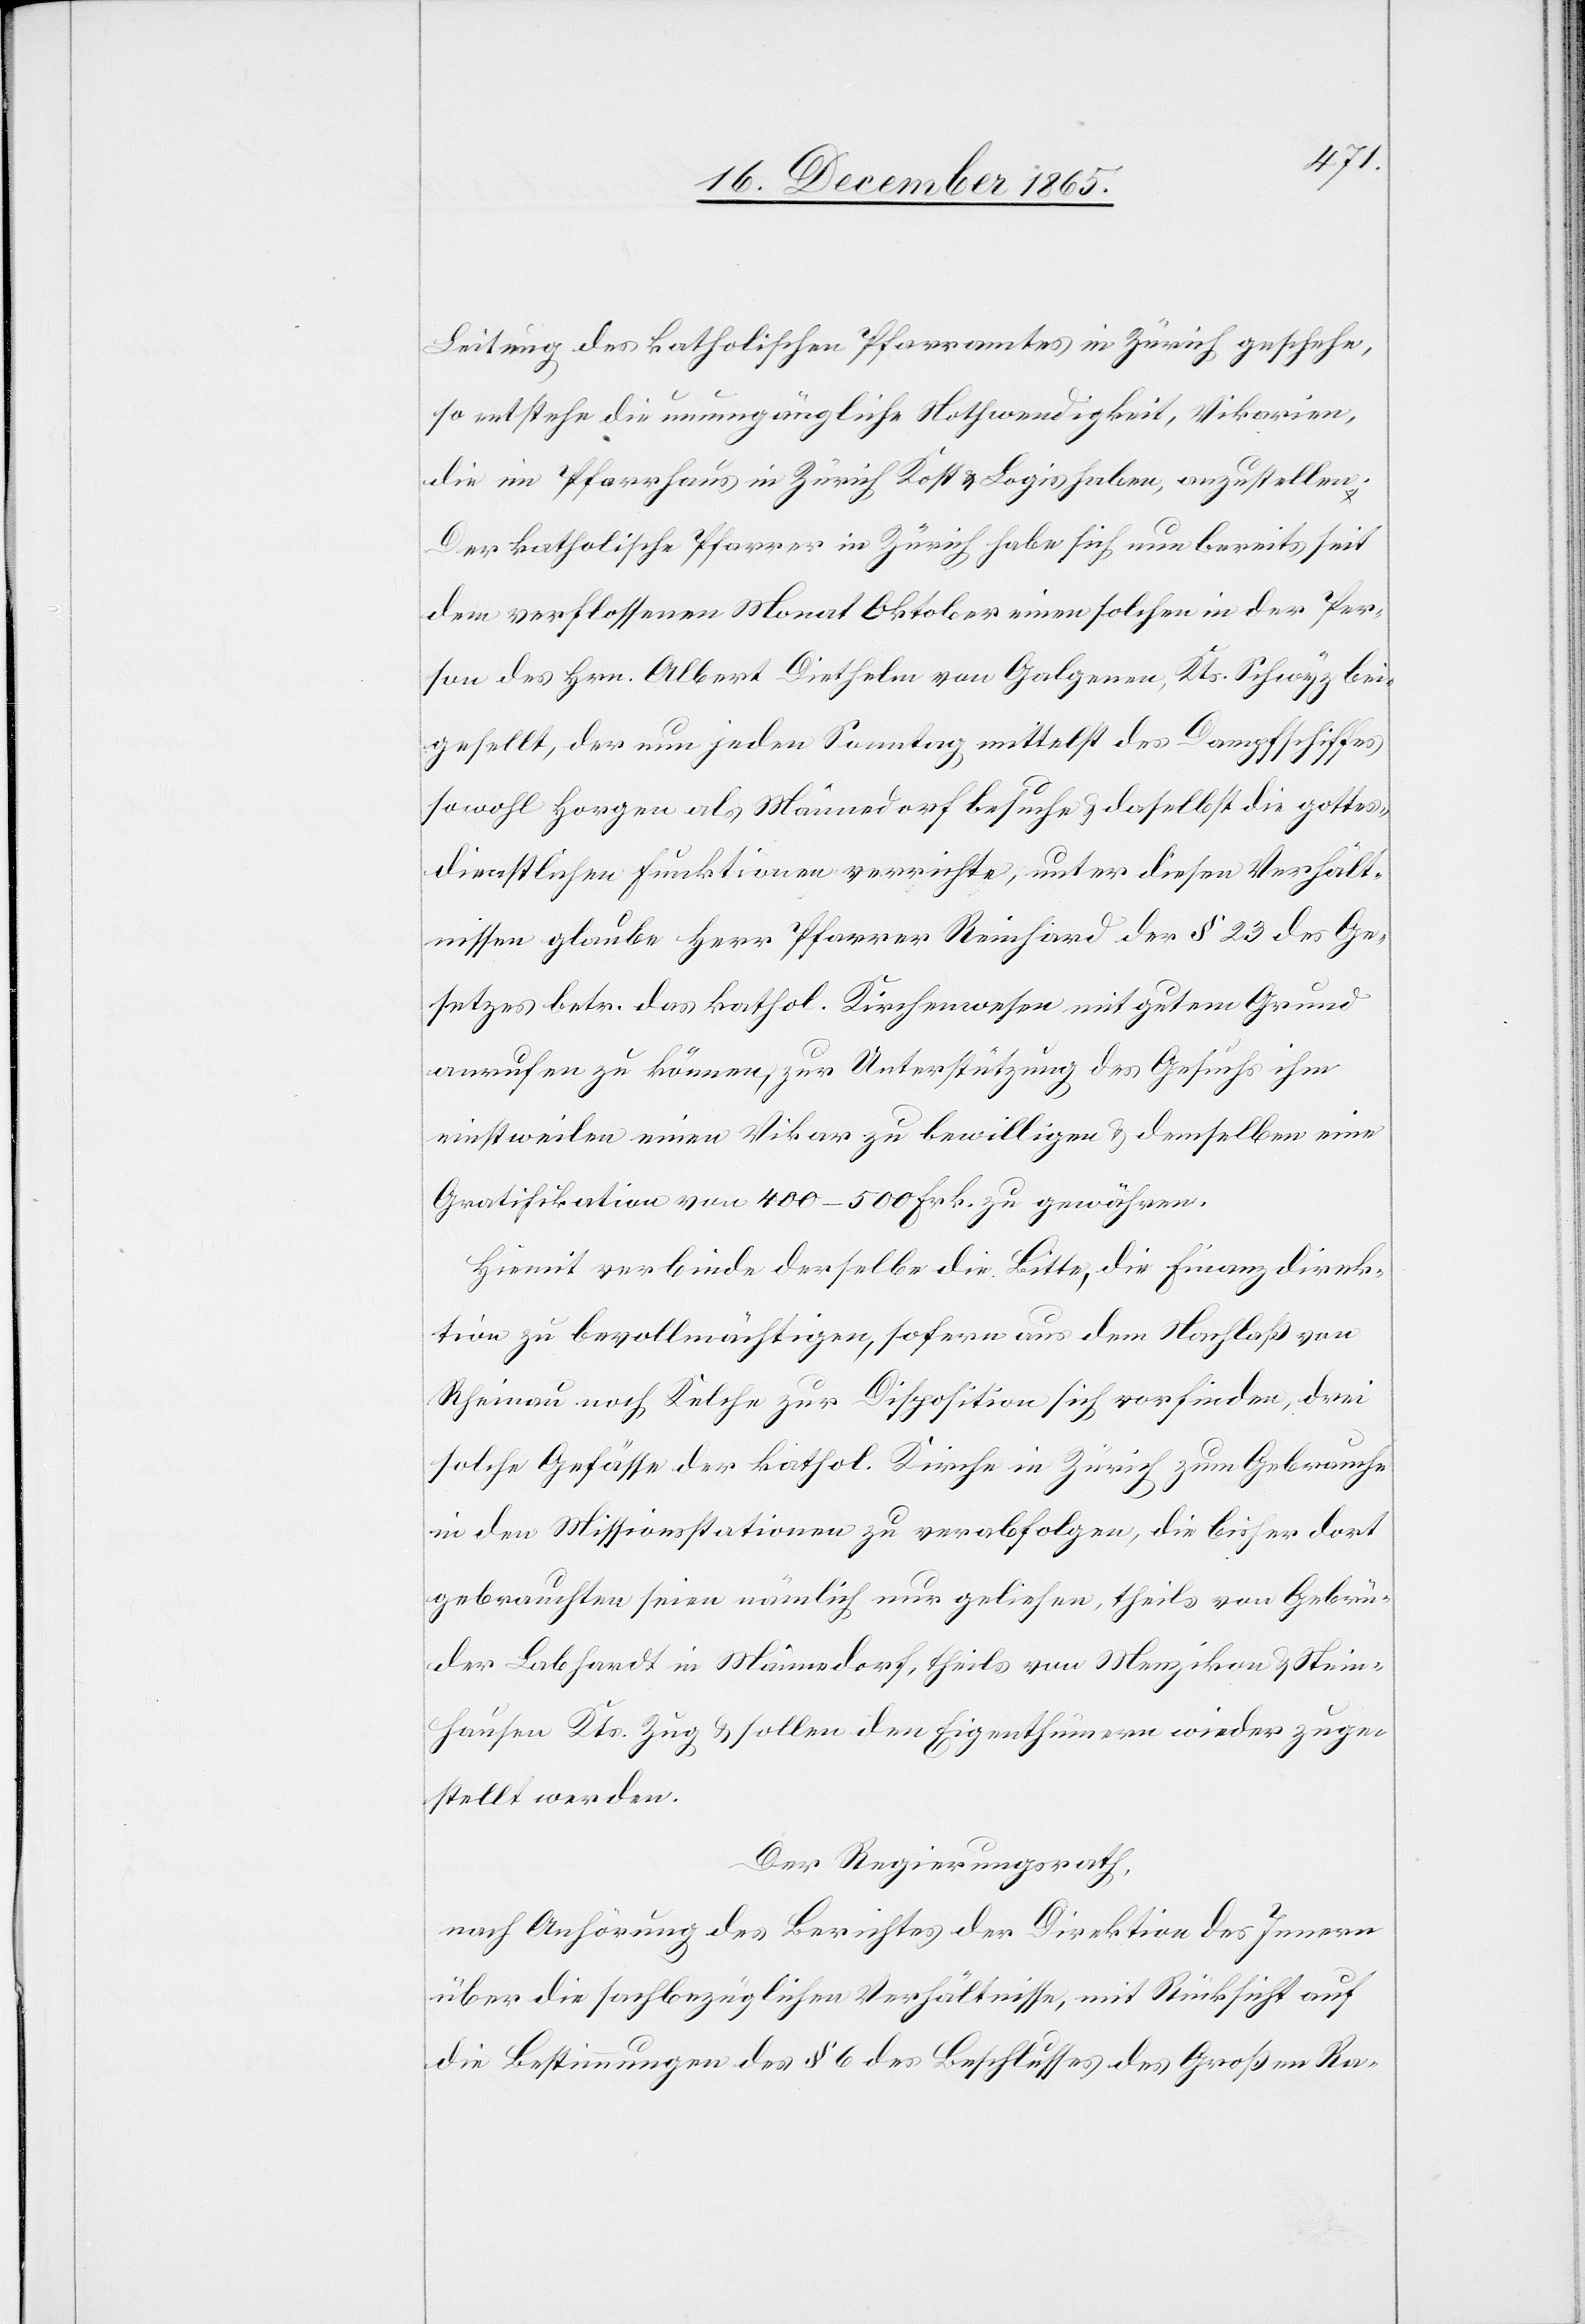
Leitung des katholischen Pfarramtes in Zürich geschehe,
so entstehe die unumgängliche Nothwendigkeit, Vikarien,
die im Pfarrhaus Zürich Kost & Logis haben, anzustellen.
Der katholische Pfarrer in Zürich habe sich nun bereits seit
dem verflossenen Monat Oktober einen solchen in der Per¬
son des Hrn. Albert Diethelm von Galgenen, Kts. Schwyz bei¬
gestellt, der nun jeden Sonntag mittelst des Dampfschiffes
sowohl Horgen als auch Männedorf besuche & daselbst die gottes¬
dienstlichen Funktionen verrichte, unter diesen Verhält¬
nissen glaube Herr Pfarrer Reinhard der § 23 des Ge¬
setzes betr. das kathol. Kirchenwesen mit gutem Grund
anrufen zu können, zur Unterstützung des Gesuchs ihm
einstweilen einen Vikar zu bewilligen & demselben eine
Gratifikation von 400–500 Frk. zu gewähren.
Hiemit verbinde derselbe die Bitte, die Finanzdirek¬
tion zu bevollmächtigen, sofern aus dem Nachlaß von
Rheinau noch Kelche zur Disposition sich vorfinden, drei
solche Gefässe der kathol. Kirche in Zürich zum Gebrauche
in den Missionsstationen zu verabfolgen, die bisher dort
gebrauchten seien nämlich nur geliehen, theils von Gebrü¬
der Labhardt in Männedorf, theils von Menzikon & Stein¬
hausen Kts. Zug & sollen den Eigenthümern wieder zuge¬
stellt werden.
Der Regierungsrath,
nach Anhörung des Berichtes der Direktion des Innern
über die sachbezüglichen Verhältnisse, mit Rücksicht auf
die Bestimmungen des § 6 des Beschlusses des Großen Ra-